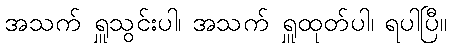
အသက် ရှူသွင်းပါ၊ အသက် ရှူထုတ်ပါ၊ ရပါပြီ။